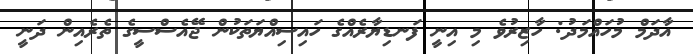
އާދަމް މުހައްމަދު: ހާޒިރުވެ މި އިނީ ފަނޑިޔާރެއްގެ ހައިސިއްޔަތަކުން ޖޭއެސްސީގެ ތެރެއިން ދަނީ